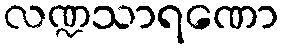
လဏ္ဍသာရဏော